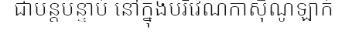
ជាបន្តបន្ទាប់ នៅក្នុងបរិវេណកាស៊ីណូឡាក់